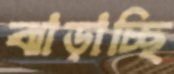
ঝাড়াচ্ছি